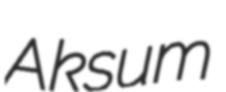
Aksum